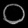
Digit: ၀